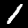
Label: 1